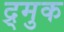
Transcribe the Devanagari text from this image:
द्र्मुक